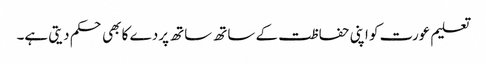
تعلیم عورت کو اپنی حفاظت کے ساتھ ساتھ پردے کا بھی حکم دیتی ہے۔